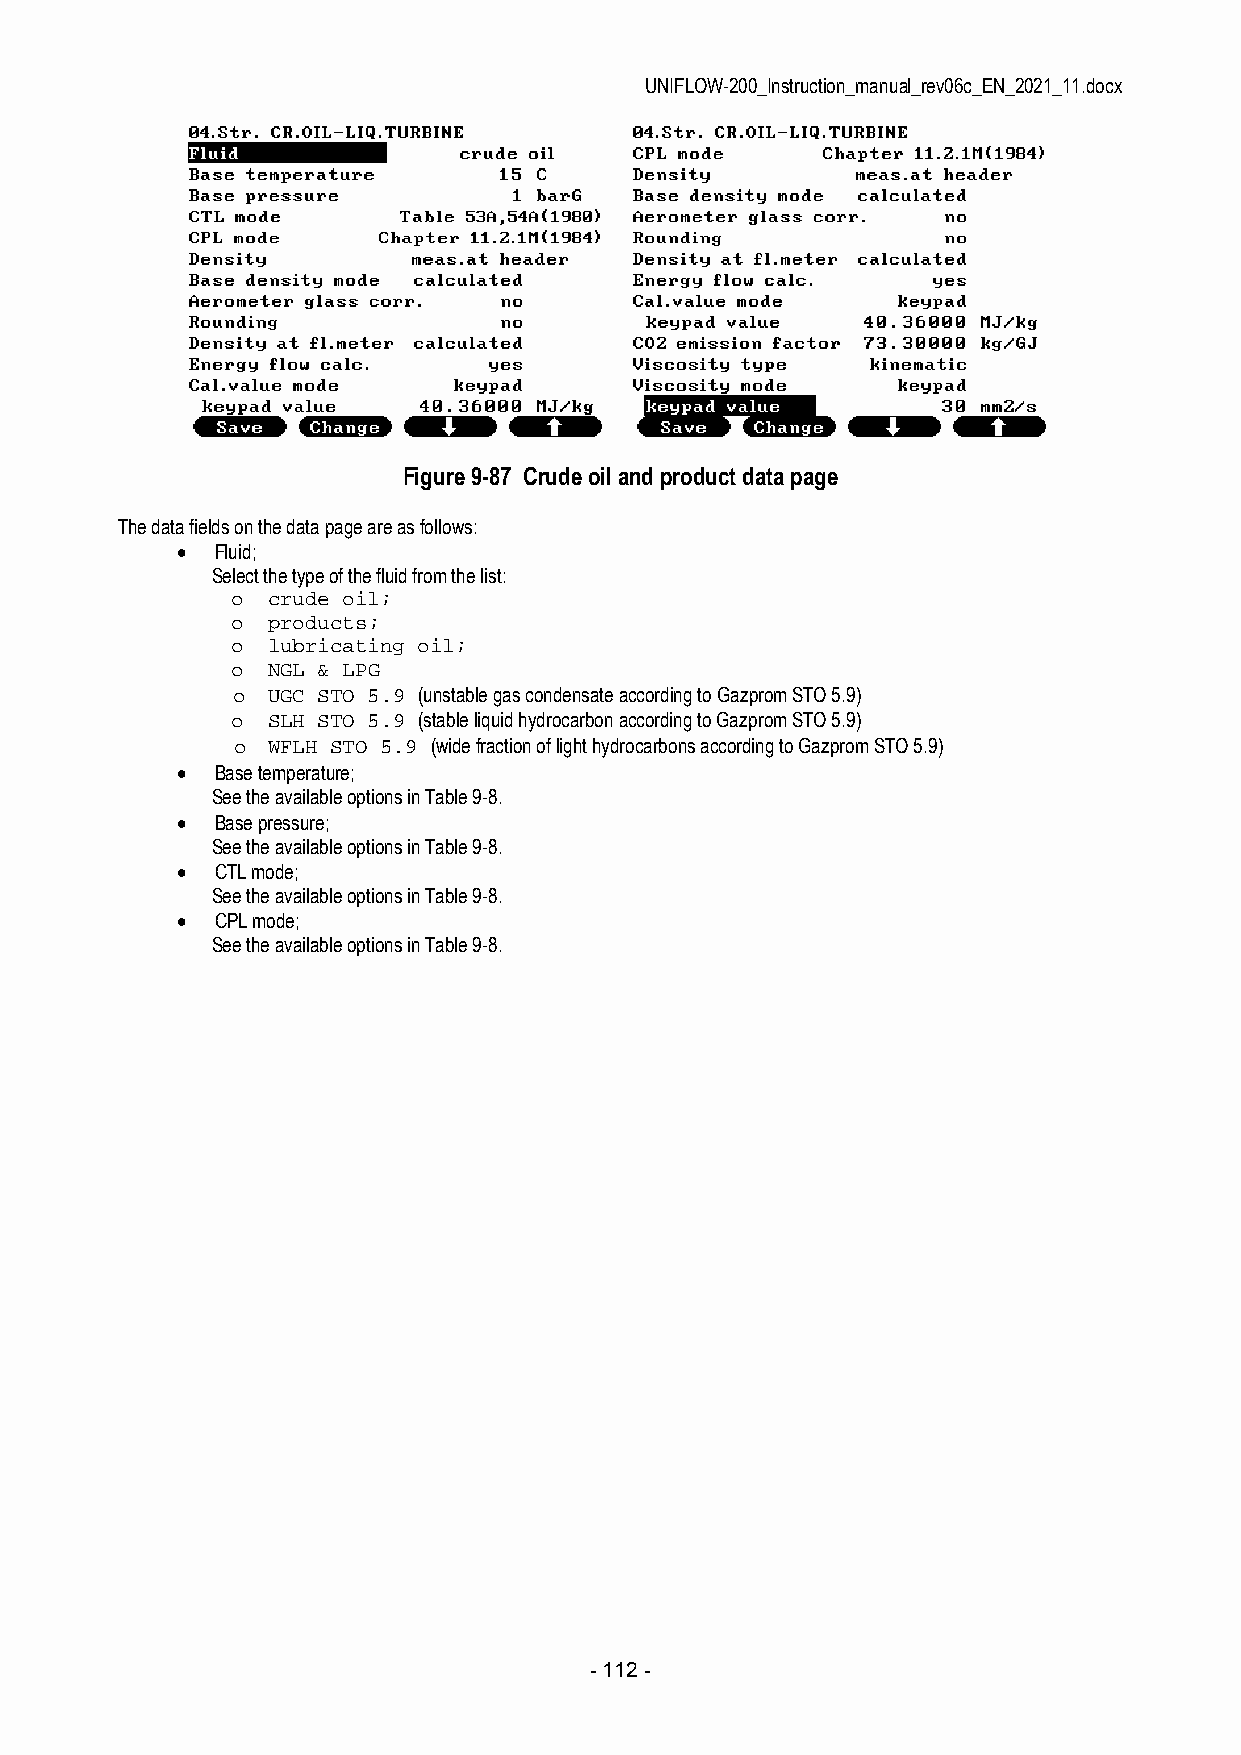
UNIFLOW-200_Instruction_manual_rev06c_EN_2021_11.docx
 Figure 9-87 Crude oil and product data page
 The data fields on the data page are as follows:
  Fluid;
 Select the type of the fluid from the list:
 o  crude oil;
 o  products;
 o  lubricating oil;
 o  NGL & LPG
 o  UGC STO 5.9 (unstable gas condensate according to Gazprom STO 5.9)
 o  SLH STO 5.9 (stable liquid hydrocarbon according to Gazprom STO 5.9)
 o  WFLH STO 5.9 (wide fraction of light hydrocarbons according to Gazprom STO 5.9)
  Base temperature;
 See the available options in Table 9-8.
  Base pressure;
 See the available options in Table 9-8.
  CTL mode;
 See the available options in Table 9-8.
  CPL mode;
 See the available options in Table 9-8.
 - 112 -